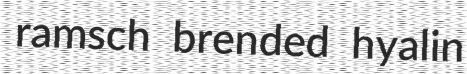
ramsch brended hyalin